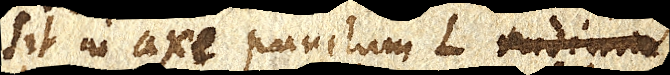
sit in axe punctum L radium